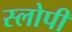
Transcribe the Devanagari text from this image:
स्लोपी